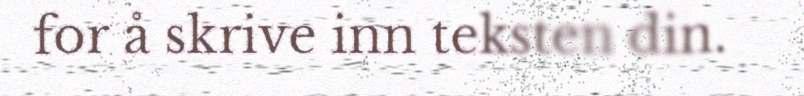
for å skrive inn teksten din.